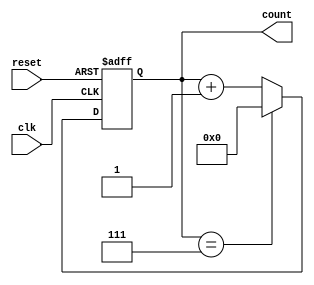
module mod_n_counter #(parameter N = 8) (
    input wire clk,          // Clock input
    input wire reset,        // Asynchronous reset input
    output reg [N-1:0] count // Output count value
);

// Calculate the number of bits required based on N
localparam WIDTH = $clog2(N);

// Asynchronous reset logic
always @(posedge clk or posedge reset) begin
    if (reset) begin
        count <= 0; // Reset the count to 0
    end else begin
        if (count == (N - 1)) begin
            count <= 0; // Wrap around to 0
        end else begin
            count <= count + 1; // Increment the count
        end
    end
end

endmodule